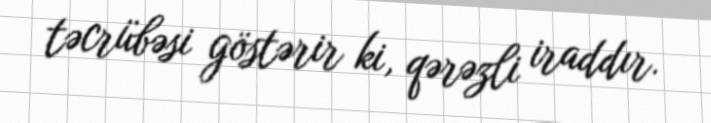
təcrübəsi göstərir ki, qərəzli iraddır.